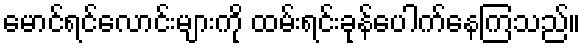
မောင်ရင်လောင်းများကို ထမ်းရင်းခုန်ပေါက်နေကြသည်။